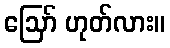
ဪ ဟုတ်လား။